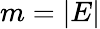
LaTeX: m=|E|